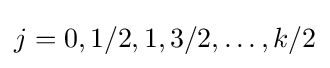
j=0,1/2,1,3/2,\ldots ,k/2